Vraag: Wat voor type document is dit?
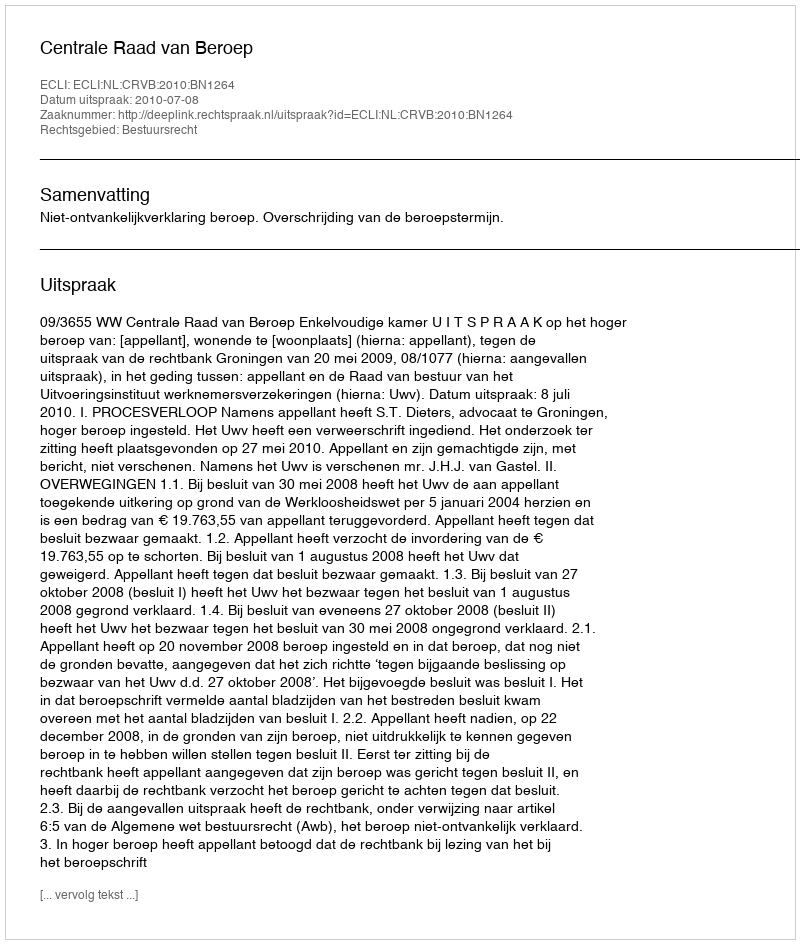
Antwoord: Uitspraak